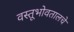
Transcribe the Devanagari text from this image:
वस्तूभोवतालचे